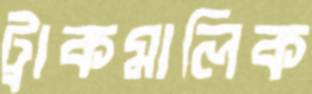
ট্রাকমালিক